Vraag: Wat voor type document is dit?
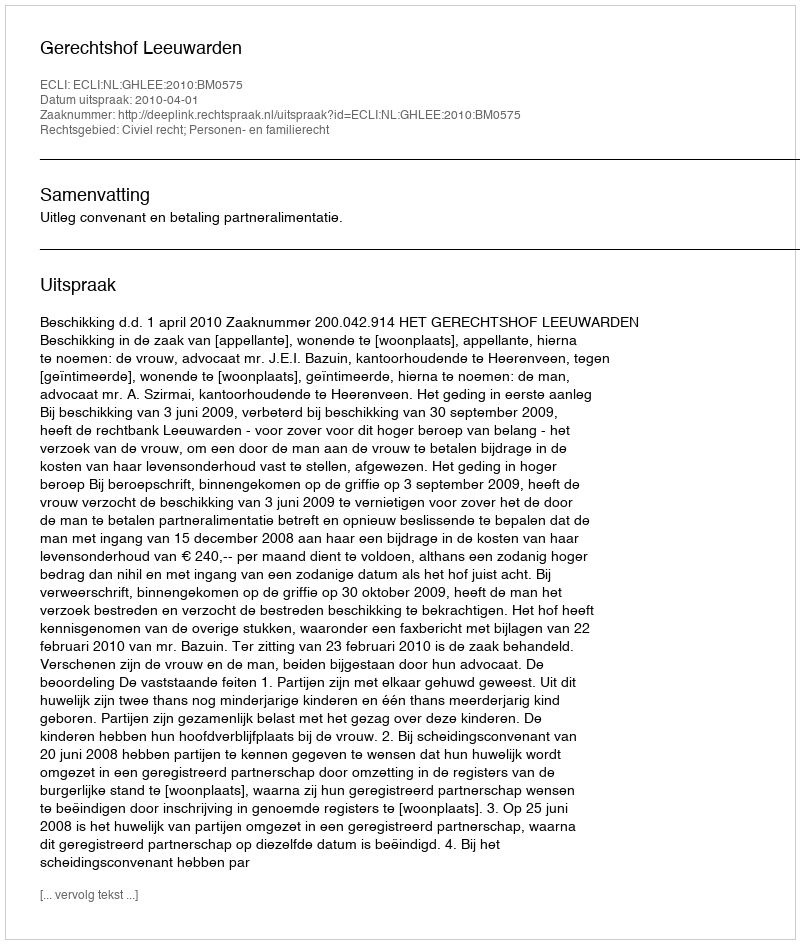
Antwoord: Uitspraak